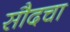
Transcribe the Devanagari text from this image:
सौदचा